Report of the Imperial Institute of Veterinary Research, Muktesar
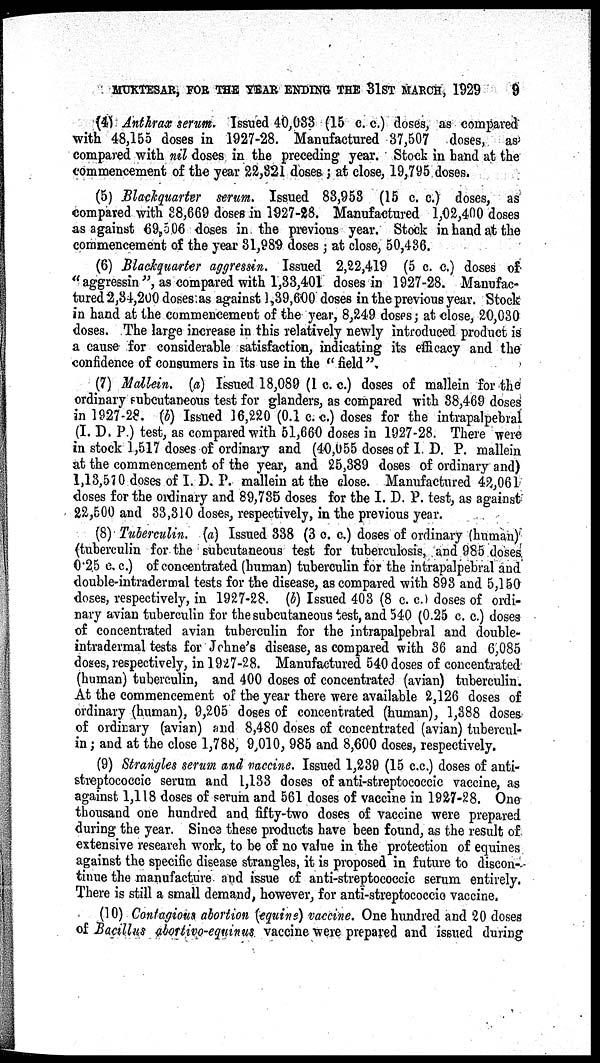
MUKTESAR, FOR THE YEAR ENDING THE 31ST MARCH, 1929
9
(4) Anthrax serum. Issued 40,033 (15 c. c.) doses, as compared
with 48,155 doses in 1927-28. Manufactured 37,507 doses, as
compared with nil doses in the preceding year. Stock in hand at the
commencement of the year 22,321 doses; at close, 19,795 doses.
(5) Blackquarter serum. Issued 83,953 (15 c. c.) doses, as
compared with 38,669 doses in 1927-28. Manufactured 1,02,400 doses
as against 69,506 doses in the previous year. Stock in hand at the
commencement of the year 31,989 doses ; at close, 50,436.
(6) Blackquarter aggressin. Issued 2,22,419 (5 c. c.) doses of
" aggressin ", as compared with 1,33,401 doses in 1927-28. Manufac-
tured 2,34,200 doses as against 1,39,600 doses in the previous year. Stock
in hand at the commencement of the year, 8,249 doses; at close, 20,030
doses. The large increase in this relatively newly introduced product is
a cause for considerable satisfaction, indicating its efficacy and the
confidence of consumers in its use in the " field ".
(7) Mallein. (a) Issued 18,089 (1 c. c.) doses of mallein for the
ordinary subcutaneous test for glanders, as compared with 38,469 doses
in 1927-28. (b) Issued 16,220 (0.1 c.c.) doses for the intrapalpebral
(I. D. P.) test, as compared with 51,660 doses in 1927-28. There were
in stock 1,517 doses of ordinary and (40,055 doses of I. D. P. mallein
at the commencement of the year, and 25,389 doses of ordinary and)
1,13,570 doses of I. D. P. mallein at the close. Manufactured 42,061
doses for the ordinary and 89,735 doses for the I. D. P. test, as against
22,500 and 33,310 doses, respectively, in the previous year.
(8) Tuberculin. (a) Issued 338 (3 c. c.) doses of ordinary (human)
(tuberculin for the subcutaneous test for tuberculosis, and 985 doses
0.25 c. c.) of concentrated (human) tuberculin for the intrapalpebral and
double-intradermal tests for the disease, as compared with 893 and 5,150
doses, respectively, in 1927-28. (b) Issued 403 (8 c. c.) doses of ordi-
nary avian tuberculin for the subcutaneous test, and 540 (0.25 c. c.) doses
of concentrated avian tuberculin for the intrapalpebral and double-
intradermal tests for Johne's disease, as compared with 36 and 6,085
doses, respectively, in 1927-28. Manufactured 540 doses of concentrated
(human) tuberculin, and 400 doses of concentrated (avian) tuberculin.
At the commencement of the year there were available 2,126 doses of
ordinary (human), 9,205 doses of concentrated (human), 1,388 doses
of ordinary (avian) and 8,480 doses of concentrated (avian) tubercul-
in ; and at the close 1,788, 9,010, 985 and 8,600 doses, respectively.
(9) Strangles serum and vaccine. Issued 1,239 (15 c.c.) doses of anti-
streptococcic serum and 1,133 doses of anti-streptococcic vaccine, as
against 1,118 doses of serum and 561 doses of vaccine in 1927-28. One
thousand one hundred and fifty-two doses of vaccine were prepared
during the year. Since these products have been found, as the result of
extensive research work, to be of no value in the protection of equines
against the specific disease strangles, it is proposed in future to discon-
tinue the manufacture and issue of anti-streptococcic serum entirely.
There is still a small demand, however, for anti-streptococcic vaccine.
(10) Contagious abortion (equine) vaccine. One hundred and 20 doses
of Bacillus abortivo-equinus vaccine were prepared and issued during